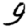
Digit: 9